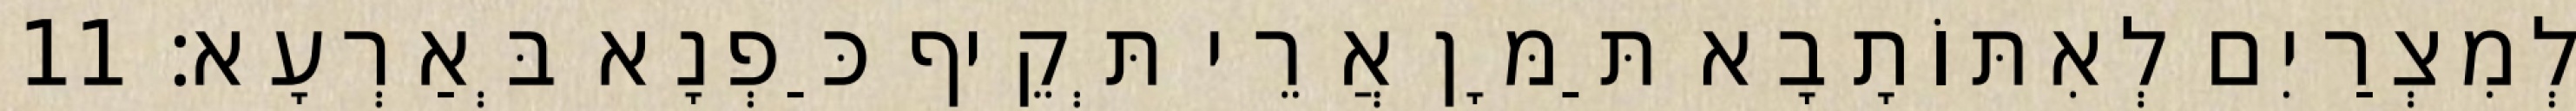
לְמִצְרַיִם לְאִתּוֹתָבָא תַּמָּן אֲרֵי תְּקֵיף כַּפְנָא בְּאַרְעָא׃ 11